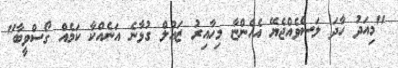
"މިއަދު ހާދަ ލަސްވެއްޖެޔޭ އެހެންޏާ މިހާއިރު ޒައުލް ގުޅާނެ އަނެއްކާ ކަމެއް ގޯސްވީބާ"